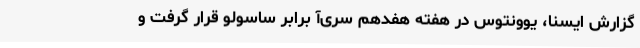
گزارش ایسنا، یوونتوس در هفته هفدهم سری‌آ برابر ساسولو قرار گرفت و